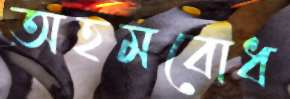
অহমবোধ